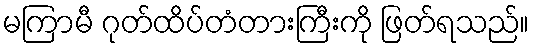
မကြာမီ ဂုတ်ထိပ်တံတားကြီးကို ဖြတ်ရသည်။